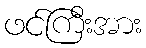
ဖင်ကြီးအား